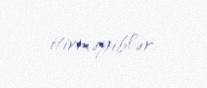
itirməyiblər.